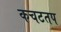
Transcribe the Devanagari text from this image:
कचटतप